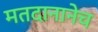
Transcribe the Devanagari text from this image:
मतदानानेच